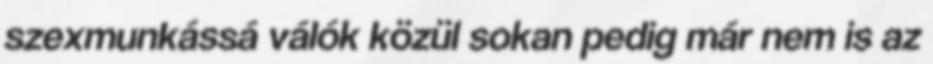
szexmunkássá válók közül sokan pedig már nem is az